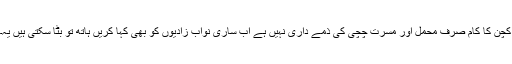
کچن کا کام صرف محمل اور مسرت چچی کی ذمے داری نہیں ہے اب ساری نواب زادیوں کو بھی کہا کریں ہاتھ تو بٹا سکتی ہیں یہ۔